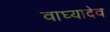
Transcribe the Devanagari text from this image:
वाघ्यादेव